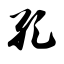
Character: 孔